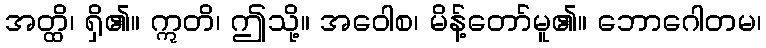
အတ္ထိ၊ ရှိ၏။ ဣတိ၊ ဤသို့။ အဝေါစ၊ မိန့်တော်မူ၏။ ဘောဂေါတမ၊